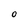
Character: O